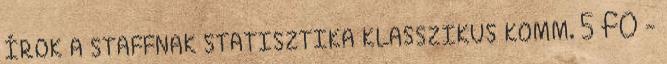
ÍROK A STAFFNAK STATISZTIKA KLASSZIKUS KOMM. 5 fő -